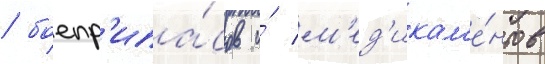
/ боепр'ипа́сов и́ м'ед'икам'е́нтов